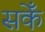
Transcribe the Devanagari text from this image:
सकेँ